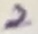
Text: 2